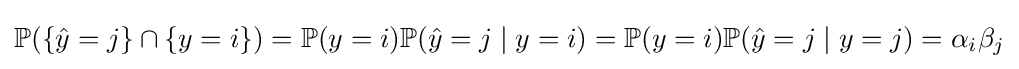
\mathbb {P} (\{{\hat {y}}=j\}\cap \{y=i\})=\mathbb {P} (y=i)\mathbb {P} ({\hat {y}}=j\mid y=i)=\mathbb {P} (y=i)\mathbb {P} ({\hat {y}}=j\mid y=j)=\alpha _{i}\beta _{j}